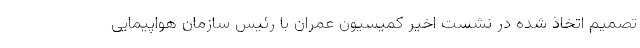
تصمیم اتخاذ شده در نشست اخیر کمیسیون عمران با رئیس سازمان هواپیمایی